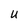
Character: U